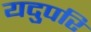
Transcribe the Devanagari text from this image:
यदुपरि